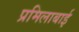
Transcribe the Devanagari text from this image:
प्रमिलाबाई